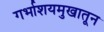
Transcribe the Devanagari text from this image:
गर्भाशयमुखातून